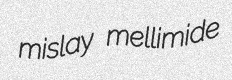
mislay mellimide